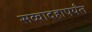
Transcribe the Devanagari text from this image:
सव्वादहापर्यंत